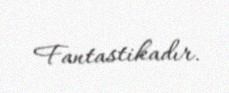
Fantastikadır.